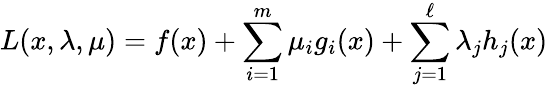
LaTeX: L(x,\lambda,\mu)=f(x)+\sum_{i=1}^{m}\mu_{i}g_{i}(x)+\sum_{j=1}^{\ell}\lambda_{j}h_{j}(x)